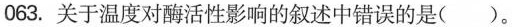
063.关于温度对酶活性影响的叙述中错误的是（）.